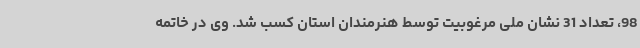
98، تعداد 31 نشان ملی مرغوبیت توسط هنرمندان استان کسب شد. وی در خاتمه